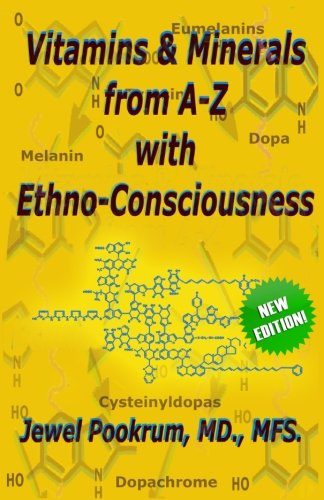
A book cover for Vitamins and Minerals From A to Z with Ethno-Consciousness; Dr. Jewel Pookrum MD; Health, Fitness & Dieting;